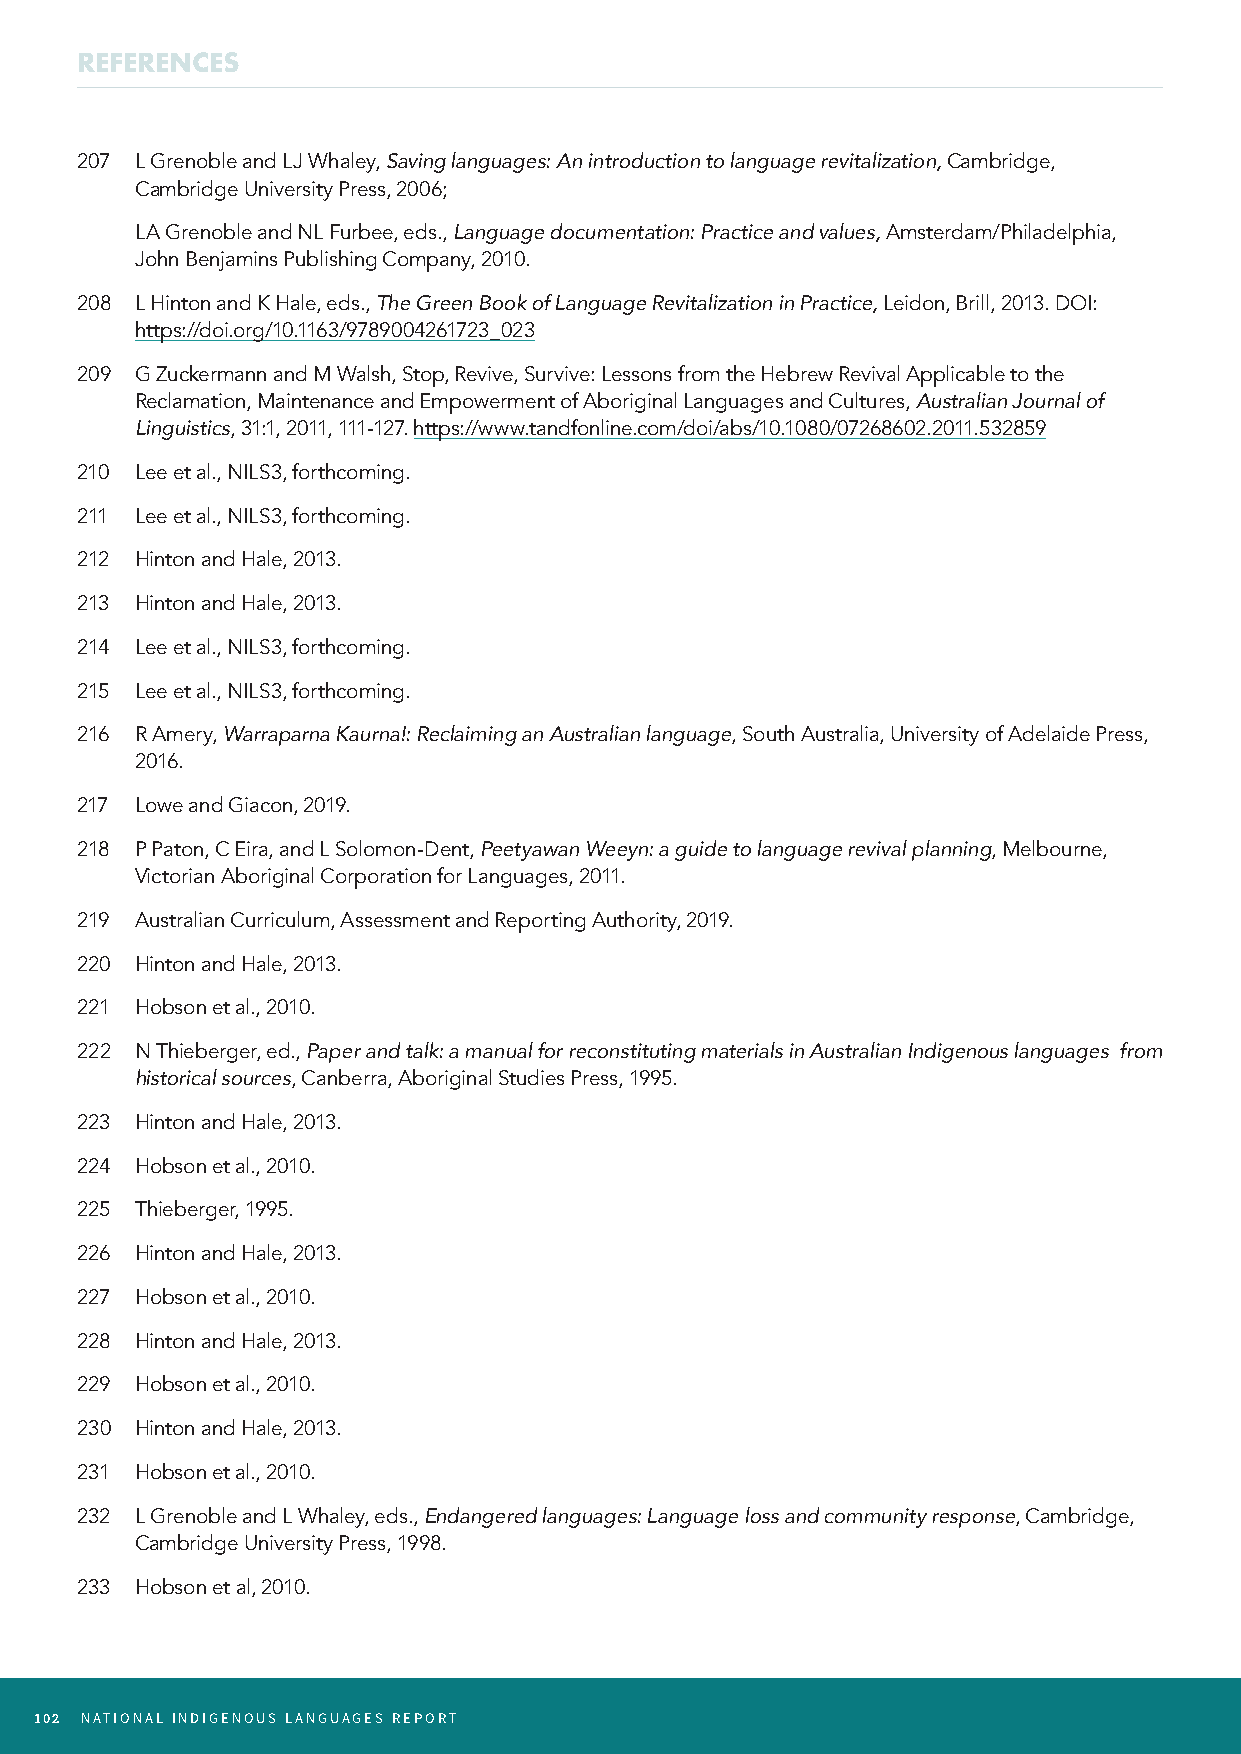
REFERENCES
 207 L Grenoble and LJ Whaley, Saving languages: An introduction to language revitalization, Cambridge,
 Cambridge University Press, 2006;
 L A Grenoble and NL Furbee, eds., Language documentation: Practice and values, Amsterdam/Philadelphia,
 John Benjamins Publishing Company, 2010.
 208 L Hinton and K Hale, eds., The Green Book of Language Revitalization in Practice, Leidon, Brill, 2013. DOI:
 https://doi.org/10.1163/9789004261723_023
 209 G Zuckermann and M Walsh, Stop, Revive, Survive: Lessons from the Hebrew Revival Applicable to the
 Reclamation, Maintenance and Empowerment of Aboriginal Languages and Cultures, Australian Journal of
 Linguistics, 31:1, 2011, 111-127. https://www.tandfonline.com/doi/abs/10.1080/07268602.2011.532859
 210 Lee et al., NILS3, forthcoming.
 211 Lee et al., NILS3, forthcoming.
 212 Hinton and Hale, 2013.
 213 Hinton and Hale, 2013.
 214 Lee et al., NILS3, forthcoming.
 215 Lee et al., NILS3, forthcoming.
 216 R Amery, Warraparna Kaurna!: Reclaiming an Australian language, South Australia, University of Adelaide Press,
 2016.
 217 Lowe and Giacon, 2019.
 218 P Paton, C Eira, and L Solomon-Dent, Peetyawan Weeyn: a guide to language revival planning, Melbourne,
 Victorian Aboriginal Corporation for Languages, 2011.
 219 Australian Curriculum, Assessment and Reporting Authority, 2019.
 220 Hinton and Hale, 2013.
 221 Hobson et al., 2010.
 222 N Thieberger, ed., Paper and talk: a manual for reconstituting materials in Australian Indigenous languages from
 historical sources, Canberra, Aboriginal Studies Press, 1995.
 223 Hinton and Hale, 2013.
 224 Hobson et al., 2010.
 225 Thieberger, 1995.
 226 Hinton and Hale, 2013.
 227 Hobson et al., 2010.
 228 Hinton and Hale, 2013.
 229 Hobson et al., 2010.
 230 Hinton and Hale, 2013.
 231 Hobson et al., 2010.
 232 L Grenoble and L Whaley, eds., Endangered languages: Language loss and community response, Cambridge,
 Cambridge University Press, 1998.
 233 Hobson et al, 2010.
 102 NATIONAL INDIGENOUS LANGUAGES REPORT